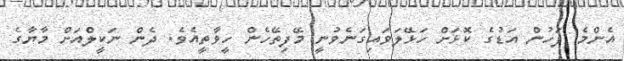
އެންމެ ފަހުން އަޑުގެ ކޮޅަށް ހަޅޭލަވައިގަނެވުނީ މޭފިތޭހެން ހީވާތީއެވެ. ދެން ނަކީލްއަށް މާޔާގެ